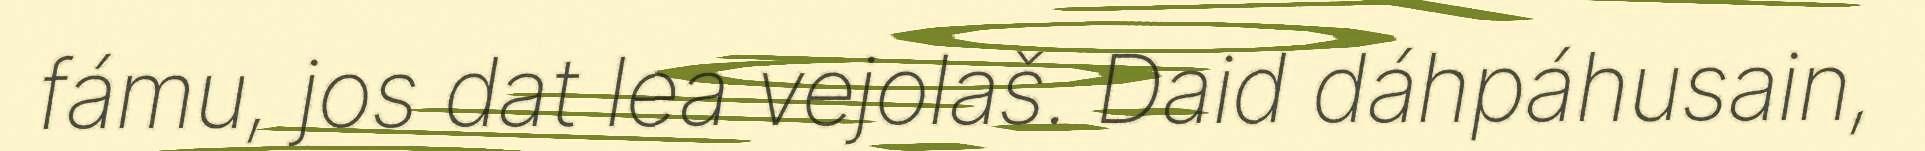
fámu, jos dat lea vejolaš. Daid dáhpáhusain,